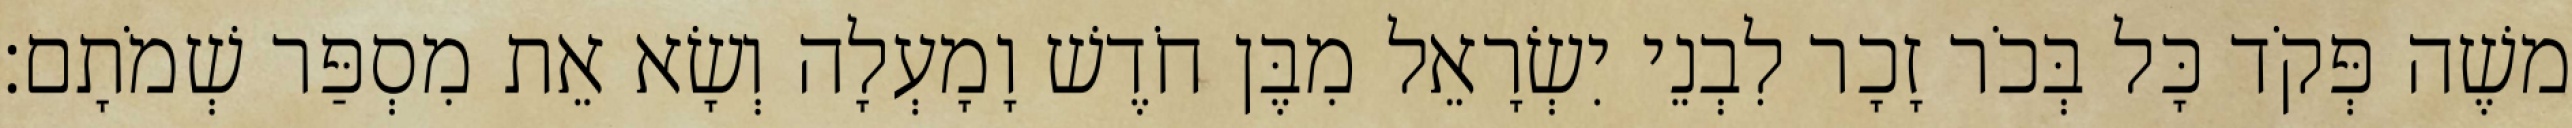
משֶׁה פְּקֹד כָּל בְּכֹר זָכָר לִבְנֵי יִשְׂרָאֵל מִבֶּן חֹדֶשׁ וָמָעְלָה וְשָׂא אֵת מִסְפַּר שְׁמֹתָם׃